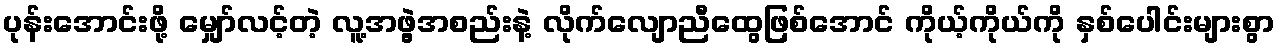
ပုန်းအောင်းဖို့ မျှော်လင့်တဲ့ လူ့အဖွဲ့အစည်းနဲ့ လိုက်လျောညီထွေဖြစ်အောင် ကိုယ့်ကိုယ်ကို နှစ်ပေါင်းများစွာ